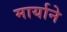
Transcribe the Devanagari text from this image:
मार्याने